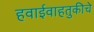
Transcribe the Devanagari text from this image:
हवाईवाहतुकीचे